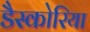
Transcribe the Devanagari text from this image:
डैस्कोरिया